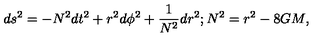
d s ^ { 2 } = - N ^ { 2 } d t ^ { 2 } + r ^ { 2 } d \phi ^ { 2 } + { \frac { 1 } { N ^ { 2 } } } d r ^ { 2 } ; N ^ { 2 } = r ^ { 2 } - 8 G M ,